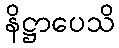
နိဋ္ဌာပေသိ